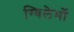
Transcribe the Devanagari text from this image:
ग्विलेर्मो